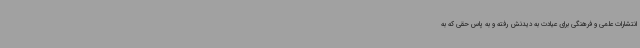
انتشارات علمی و فرهنگی برای عیادت به دیدنش رفته و به پاس حقی که به